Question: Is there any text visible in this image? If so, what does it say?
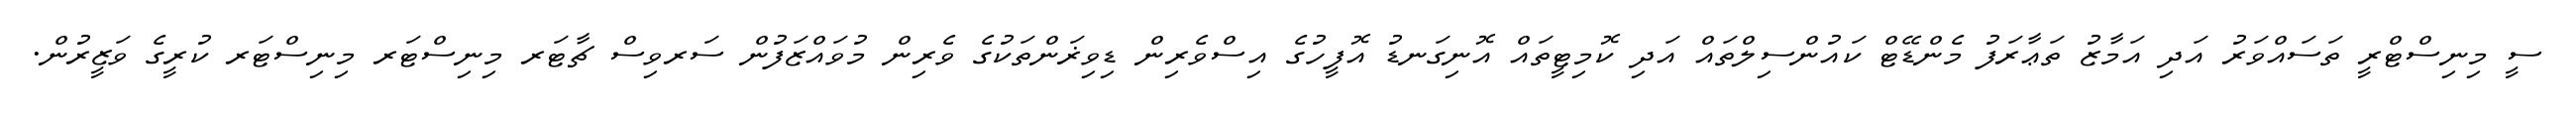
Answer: ސީ މިނިސްޓްރީ ތަސައްވަރު އަދި އަމާޒު ތަޢާރަފު މެންޑޭޓް ކައުންސިލްތައް އަދި ކޮމިޓީތައް އޮނިގަނޑު އޮފީހުގެ އިސްވެރިން ޑިވިޜަންތަކުގެ ވެރިން މުވައްޒަފުން ސަރވިސް ޗާޓަރ މިނިސްޓަރ މިނިސްޓަރ ކުރީގެ ވަޒީރުން.